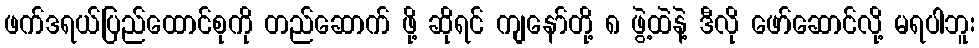
ဖက်ဒရယ်ပြည်ထောင်စုကို တည်ဆောက် ဖို့ ဆိုရင် ကျနော်တို့ ၈ ဖွဲ့ထဲနဲ့ ဒီလို ဖော်ဆောင်လို့ မရပါဘူး